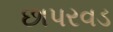
છાપરવડ